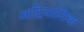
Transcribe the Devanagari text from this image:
आद्रियातिक